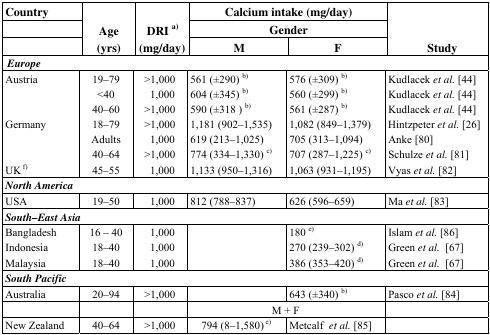
<table><thead><tr><td><b>Country</b></td><td rowspan="3"><b>Age (yrs)</b></td><td rowspan="3"><b>DRI a) (mg/day)</b></td><td colspan="2"><b>Calcium intake (mg/day)</b></td><td rowspan="3"><b>Study</b></td></tr><tr><td></td><td colspan="2"><b>Gender</b></td></tr><tr><td></td><td><b>M</b></td><td><b>F</b></td></tr></thead><tbody><tr><td colspan="6"><b><i>Europe</i></b></td></tr><tr><td rowspan="3">Austria</td><td>19–79</td><td>&gt;1,000</td><td>561 (±290) b)</td><td>576 (±309) b)</td><td>Kudlacek <i>et al.</i> [44]</td></tr><tr><td>&lt;40</td><td>1,000</td><td>604 (±345) b)</td><td>560 (±299) b)</td><td>Kudlacek <i>et al.</i> [44]</td></tr><tr><td>40–60</td><td>&gt;1,000</td><td>590 (±318) b)</td><td>561 (±287) b)</td><td>Kudlacek <i>et al.</i> [44]</td></tr><tr><td rowspan="3">Germany</td><td>18–79</td><td>&gt;1,000</td><td>1,181 (902–1,535)</td><td>1,082 (849–1,379)</td><td>Hintzpeter <i>et al.</i> [26]</td></tr><tr><td>Adults</td><td>1,000</td><td>619 (213–1,025)</td><td>705 (313–1,094)</td><td>Anke [80]</td></tr><tr><td>40–64</td><td>&gt;1,000</td><td>774 (334–1,330) c)</td><td>707 (287–1,225) c)</td><td>Schulze <i>et al.</i> [81]</td></tr><tr><td>UK f)</td><td>45–55</td><td>1,000</td><td>1,133 (950–1,316)</td><td>1,063 (931–1,195)</td><td>Vyas <i>et al.</i> [82]</td></tr><tr><td colspan="6"><b><i>North America</i></b></td></tr><tr><td>USA</td><td>19–50</td><td>1,000</td><td>812 (788–837)</td><td>626 (596–659)</td><td>Ma <i>et al.</i> [83]</td></tr><tr><td colspan="6"><b><i>South–East Asia</i></b></td></tr><tr><td>Bangladesh</td><td>16 – 40</td><td>1,000</td><td></td><td>180 e)</td><td>Islam <i>et al.</i> [86]</td></tr><tr><td>Indonesia</td><td>18–40</td><td>1,000</td><td></td><td>270 (239–302) d)</td><td>Green <i>et al.</i> [67]</td></tr><tr><td>Malaysia</td><td>18–40</td><td>1,000</td><td></td><td>386 (353–420) d)</td><td>Green <i>et al.</i> [67]</td></tr><tr><td colspan="6"><b><i>South Pacific</i></b></td></tr><tr><td>Australia</td><td>20–94</td><td>&gt;1,000</td><td></td><td>643 (±340) b)</td><td>Pasco <i>et al.</i> [84]</td></tr><tr><td></td><td></td><td></td><td colspan="2">M + F</td><td></td></tr><tr><td>New Zealand</td><td>40–64</td><td>&gt;1,000</td><td>794 (8–1,580) e)</td><td>Metcalf <i>et al.</i> [85]</td><td></td></tr></tbody></table>